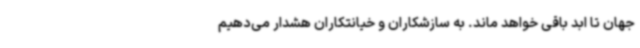
جهان تا ابد باقی خواهد ماند. به سازشکاران و خیانتکاران هشدار می‌دهیم